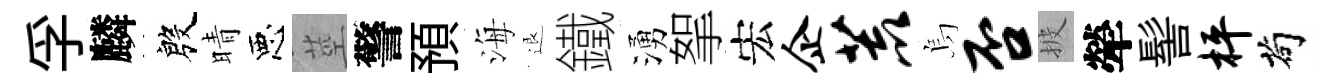
孚麟殷晴惡莖警預海退鐵湧挐宏企荒烏否披犖髻枰茍